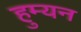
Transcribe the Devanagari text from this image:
हुम्यन